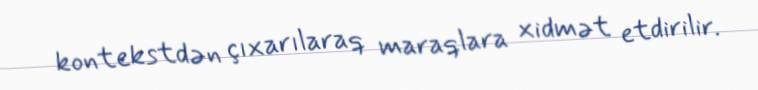
kontekstdən çıxarılaraq maraqlara xidmət etdirilir.